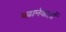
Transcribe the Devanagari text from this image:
बढ़ानेवालों